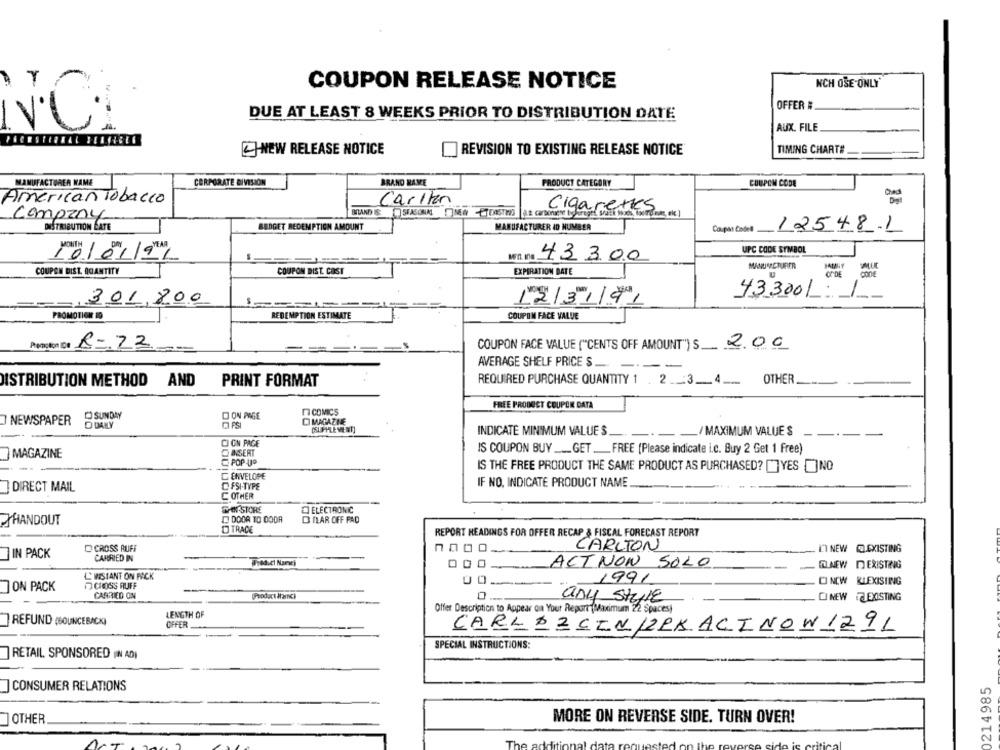
NCH OSE-ONLY"
COUPON RELEASE NOTICE
OFFER #
DUE AT LEAST 8 WEEKS PRIOR TO DISTRIBUTION DATE
NC
AUX. FILE
TIMING CHART#
NEW RELEASE NOTICE
REVISION TO EXISTING RELEASE NOTICE
MANUFACTURER NAME
CORPORATE DIVISIÓN
BRAND NAME
PRODUCT CATEGORY
COUPON CODE
American Tobacco
Carlton
Cigarettes
Company
MAND IS:SEASONAL NEM TEASTIS I.E carbonien boPreget ShuEt pose
MANUFACTURER ID NUMBER
DISTRIBUTION LATE
BUDGET REDEMPTION AMOUNT
12548-1
wn. Is
UPC CODE SYMBOL
10102/91
43 3.00
EXPIRATION DATE
MANUSCRIRER
COUPON DIST. ICANTITY
COUPON BIST. COST
CODE
conE
301,800
12/31/91
433001:1
PROMOTION 19
REDEMPTION ESTIMATE
COUPON FACE VALUE
Admin De R =. 22
COUPON FACE VALUE ("CENTS OFF AMOUNT") S.
2.00
AVERAGE SHELF PRICE S.
.-
ISTRIBUTION METHOD AND
PRINT FORMAT
REQUIRED PURCHASE QUANTITY 1 . 2 __: 3 __ 4 ____
OTHER
FREE PRODUCT COUPON DATA
E COMICS
NEWSPAPER
SUNDAY
DON PAGE
O MAGAZINE
INDICATE MINIMUM VALUE S
/ MAXIMUM VALUE S
CJ ON PAGE
IS COUPON BUY ___ GET __ FREE (Please indicate i.c. Buy 2 Get 1 free)
MAGAZINE
POP-UP
IS THE FREE PRODUCT THE SAME PRODUCT AS PURCHASED? []YES []NO
C ENVELOPE
CFSI-TYPE
IF NO, INDICATE PRODUCT NAME
] DIRECT MAIL
C OTHER
FORSTORE
ELECTRONIC
HANDOUT
D DOOR TO DODA
DILAR OFF FAD
D TRACE
REPORT HEADINGS FOR OFFER RECAP & FISCAL FORECAST REPORT
CROSS RUFF
CARLTON
L'I NEW EXISTING
IN PACK
CARRIED IN
Fred.cl Nanej
ACINON SOLO
DNEW DEXISTING
L' WISIANT ON FACK
TO CHOSS RUFF
1991
DI NEW KLEXISTING
] ON PACK
CARRIED ON
Product itarci
0
any style
LINEW @EXISTING
Offer Description to Appear on Your Report(Maximum 22 Spaces)
LENGTH OF
REFUND (BOUNCEBACK)
OFFER
CARLAZCIN1RKACINOW129L
SPECIAL INSTRUCTIONS:
] RETAIL SPONSORED (IN AD)
0214985
] CONSUMER RELATIONS
OTHER
MORE ON REVERSE SIDE. TURN OVER!